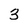
Character: 3